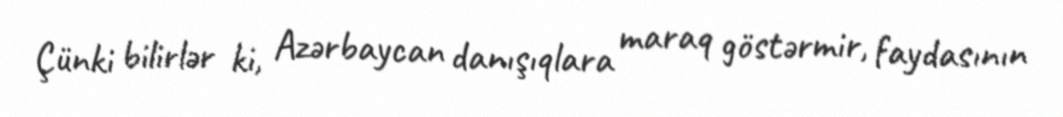
Çünki bilirlər ki, Azərbaycan danışıqlara maraq göstərmir, faydasının